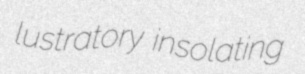
lustratory insolating